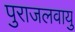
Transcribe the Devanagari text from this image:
पुराजलवायु